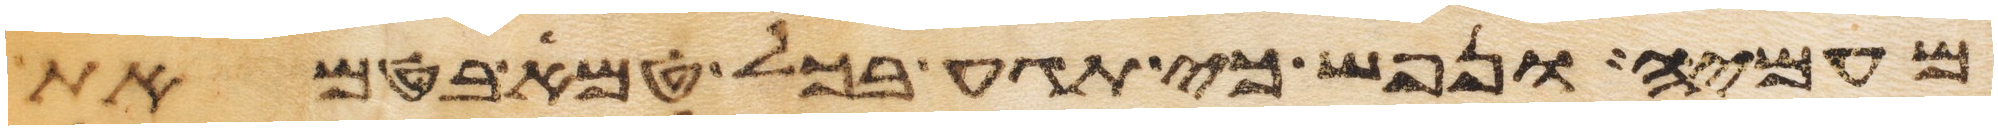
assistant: מעמיה ונפש כי תגע בכל טמא בטמאת